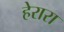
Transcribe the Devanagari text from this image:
हेरारा